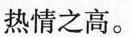
热情之高。